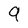
Character: 9